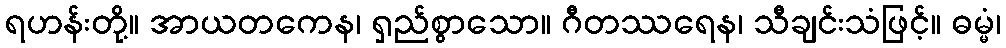
ရဟန်းတို့။ အာယတကေန၊ ရှည်စွာသော။ ဂီတဿရေန၊ သီချင်းသံဖြင့်။ ဓမ္မံ၊